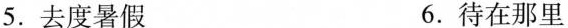
5.去度暑假 6.待在那里